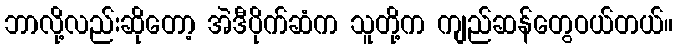
ဘာလို့လည်းဆိုတော့ အဲဒီပိုက်ဆံက သူတို့က ကျည်ဆန်တွေဝယ်တယ်။